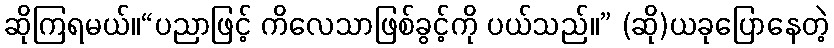
ဆိုကြရမယ်။“ပညာဖြင့် ကိလေသာဖြစ်ခွင့်ကို ပယ်သည်။” (ဆို)ယခုပြောနေတဲ့